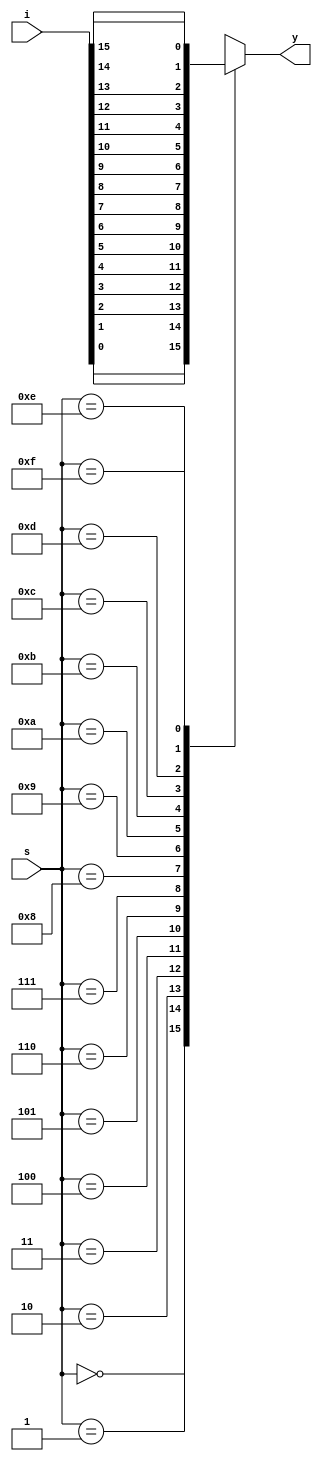
module mux16x1(i,s,y);
input [15:0]i;
input[3:0]s;
output reg y;

always@(s)
case(s)

4'b0000:y=i[0];
4'b0001:y=i[1];
4'b0010:y=i[2];
4'b0011:y=i[3];

4'b0100:y=i[4];
4'b0101:y=i[5];
4'b0110:y=i[6];
4'b0111:y=i[7];

4'b1000:y=i[8];
4'b1001:y=i[9];
4'b1010:y=i[10];
4'b1011:y=i[11];


4'b1100:y=i[12];
4'b1101:y=i[13];
4'b1110:y=i[14];
4'b1111:y=i[15];

endcase
endmodule